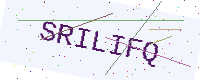
Text: SRILIFQ